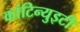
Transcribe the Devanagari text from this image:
कांटिन्युइटी